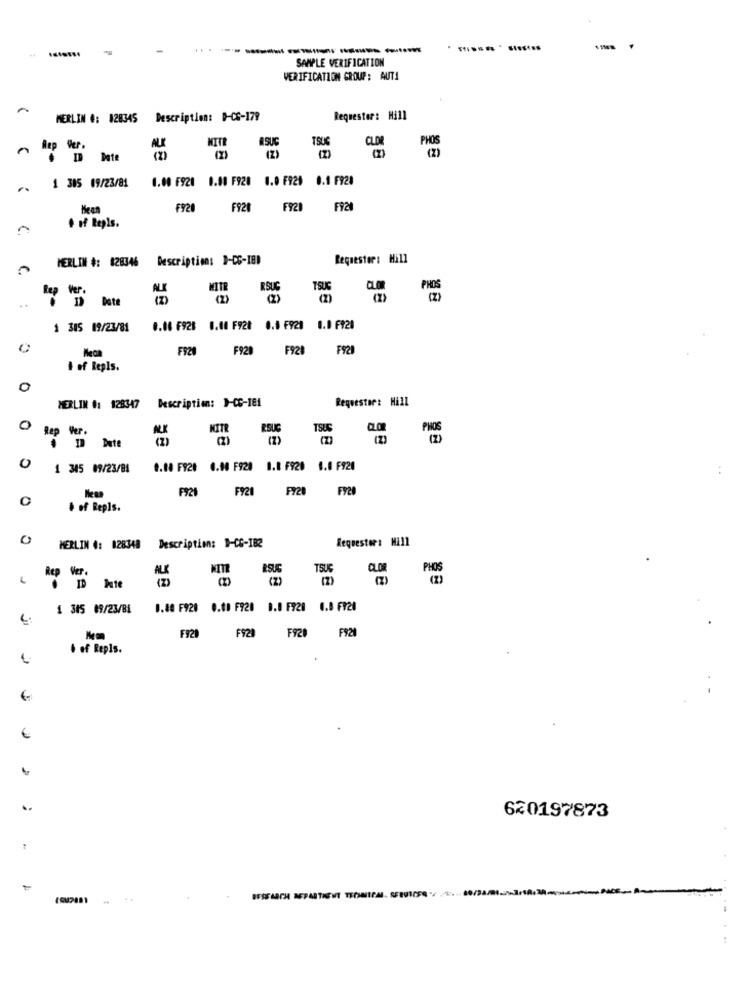
-
SAMPLE VERIFICATION
VERIFICATION GROUP: AUT1
MERLIN #: #28345
Description: D-CC-179
Requester: Hill
MITE
ASUC
TSUG
Bep
Ver.
ALK
ID Date
(2)
1.00 F920 0.00 F920 0.0 F929 0.1 F928
1 305 09/23/81
F920
F920
F920
+ of Repls.
MERLIN #: #28346
Description: 1-06-181
Requestor: Hill
Ver.
ALK
am
(2)
19 Date
1 385 09/23/81
0.06 6928 0.00 F928 0.1 F920 0.0 F920
F920
F920
F920 F921
# of Repls.
0
Description: 1-CC-181
Requestor: Hill
MERLIN #: 128347
0
Rep Ver.
NITR
RSUC
TSUS
0
1 345 09/23/81
0.00 F920 0.00 F920
1.0 F920 0.0 F920
F921
FY21
F728
FY2B
· of Repls.
0
Requestor: M211
MERLIN #: 028348
Description: 1-6-182
ALK
RSUG
TSUS
CLOR
Rep Ver.
(2)
1 315 89/23/BL
0.80 F920 0.00 F920 0.0 F920 0.8 F920
FI29
F929
F929 F921
· of Repls.
..
620197873